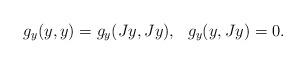
LaTeX: \begin{align*}\begin{array}{lr}g_y(y,y) = g_y(Jy, Jy), & g_y(y , Jy) = 0.\end{array}\end{align*}